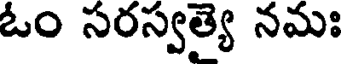
ఓం సరస్వత్యై నమః